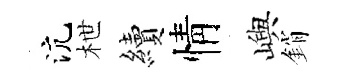
沆枻續情嶼銷